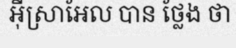
អ៊ីស្រាអែល បាន ថ្លែង ថា